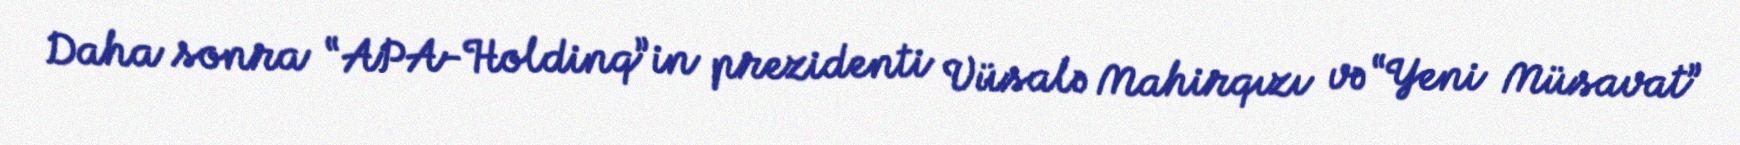
Daha sonra “APA-Holdinq”in prezidenti Vüsalə Mahirqızı və “Yeni Müsavat”